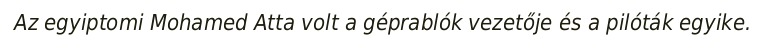
Az egyiptomi Mohamed Atta volt a géprablók vezetője és a pilóták egyike.